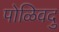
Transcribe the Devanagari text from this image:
पोळिवदु